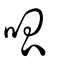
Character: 呱